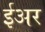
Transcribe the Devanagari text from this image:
ईअर